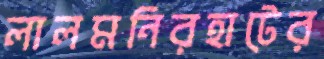
লালমনিরহাটের